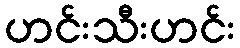
ဟင်းသီးဟင်း